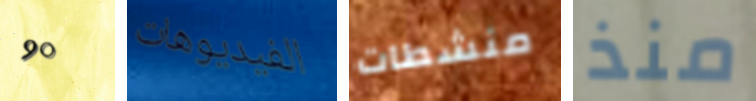
90 الفيديوهات منشطات منذ